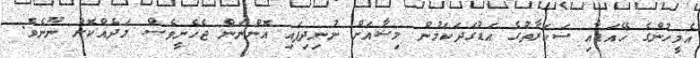
އެމީހުންގެ ހޭއަޑާއި ސަކަރާތުގެ އަޑުގަދަކަމުން މިޝާއަށް ނުނިދިފައި އޮންނަން ޖެހެނީވެސް މަދެއްކޮށް ނޫނެވެ.